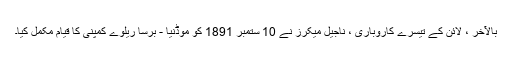
بالآخر ، لائن کے تیسرے کاروباری ، ناجیل میکرز نے 10 ستمبر 1891 کو موڈنیا - برسا ریلوے کمپنی کا قیام مکمل کیا۔